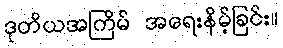
ဒုတိယအကြိမ် အရေးနိမ့်ခြင်း။